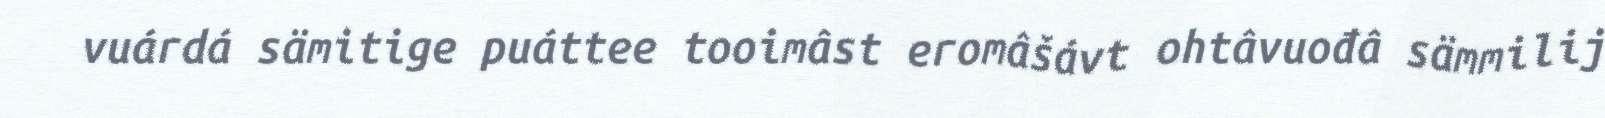
vuárdá sämitige puáttee tooimâst eromâšávt ohtâvuođâ sämmilij